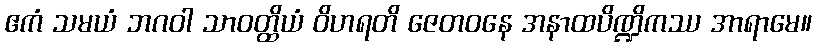
ဧကံ သမယံ ဘဂဝါ သာဝတ္ထိယံ ဝိဟရတိ ဇေတဝနေ အနာထပိဏ္ဍိကဿ အာရာမေ။